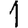
Digit: 1